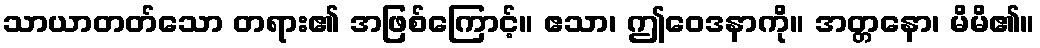
သာယာတတ်သော တရား၏ အဖြစ်ကြောင့်။ ဧသာ၊ ဤဝေဒနာကို။ အတ္တနော၊ မိမိ၏။